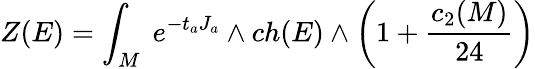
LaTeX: Z(E)=\int_{M}\ e^{-t_{a}J_{a}}\wedge ch(E)\wedge\left(1+{\frac{c_{2}(M)}{24}}\right)